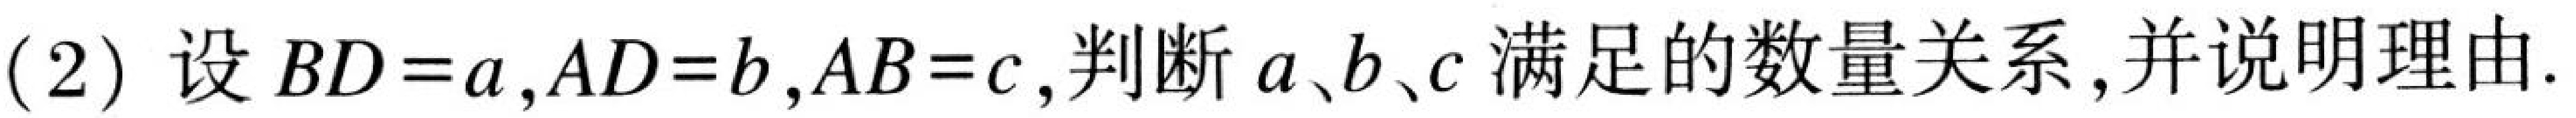
(2) 设\(BD = a,AD = b,AB = c\),判断\(a、b、c\)满足的数量关系,并说明理由.